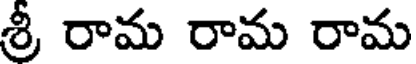
శ్రీ రామ రామ రామ